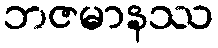
ဘဇမာနဿ